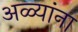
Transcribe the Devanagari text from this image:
अळ्यांना